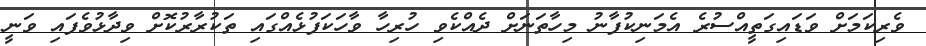
ވެރިކަމަށް ވަޑައިގަތީއްސުރެ އެމަނިކުފާނު މިހާތަނަށް ދެއްކެވި ހުރިހާ ވާހަކަފުޅެއްގައި ތަކުރާރުކޮށް ވިދާޅުވެފައި ވަނީ